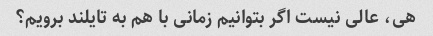
هی، عالی نیست اگر بتوانیم زمانی با هم به تایلند برویم؟